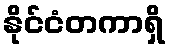
နိုင်ငံတကာရှိ